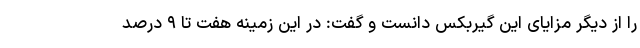
را از دیگر مزایای این گیربکس دانست و گفت: در این زمینه هفت تا ۹ درصد